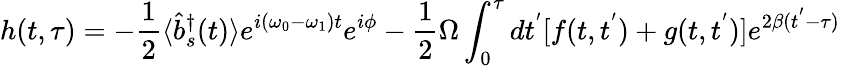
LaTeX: h(t,\tau)=-{\frac{1}{2}}\langle{\hat{b}}_{s}^{\dagger}(t)\rangle e^{i(\omega_{0}-\omega_{1})t}e^{i\phi}-{\frac{1}{2}}\Omega\int_{0}^{\tau}dt^{'}[f(t,t^{'})+g(t,t^{'})]e^{2\beta(t^{'}-\tau)}